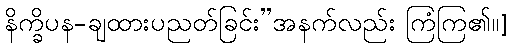
နိက္ခိပန-ချထားပညတ်ခြင်း”အနက်လည်း ကြံကြ၏။]